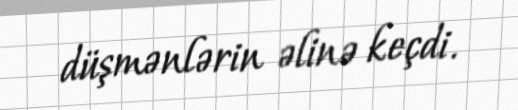
düşmənlərin əlinə keçdi.